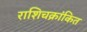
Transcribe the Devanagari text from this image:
राशिचक्रांकित